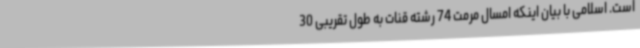
است. اسلامی با بیان اینکه امسال مرمت 74 رشته قنات به طول تقریبی 30